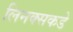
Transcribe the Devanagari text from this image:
लिनक्सकडे